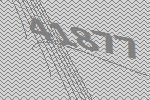
41877